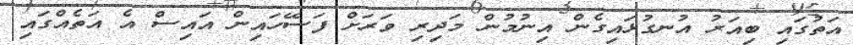
އަތުގައި ބިއަރު އުނގުޅައިގެން އިނުމުން މަދިރި ވަރަށް ފަސޭހައިން އައިސް އެ އަތެއްގައި